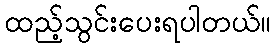
ထည့်သွင်းပေးရပါတယ်။